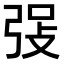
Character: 𪪾